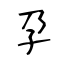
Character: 孕